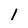
Character: I